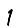
Digit: 1